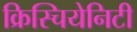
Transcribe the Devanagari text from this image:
क्रिस्चियेनिटी